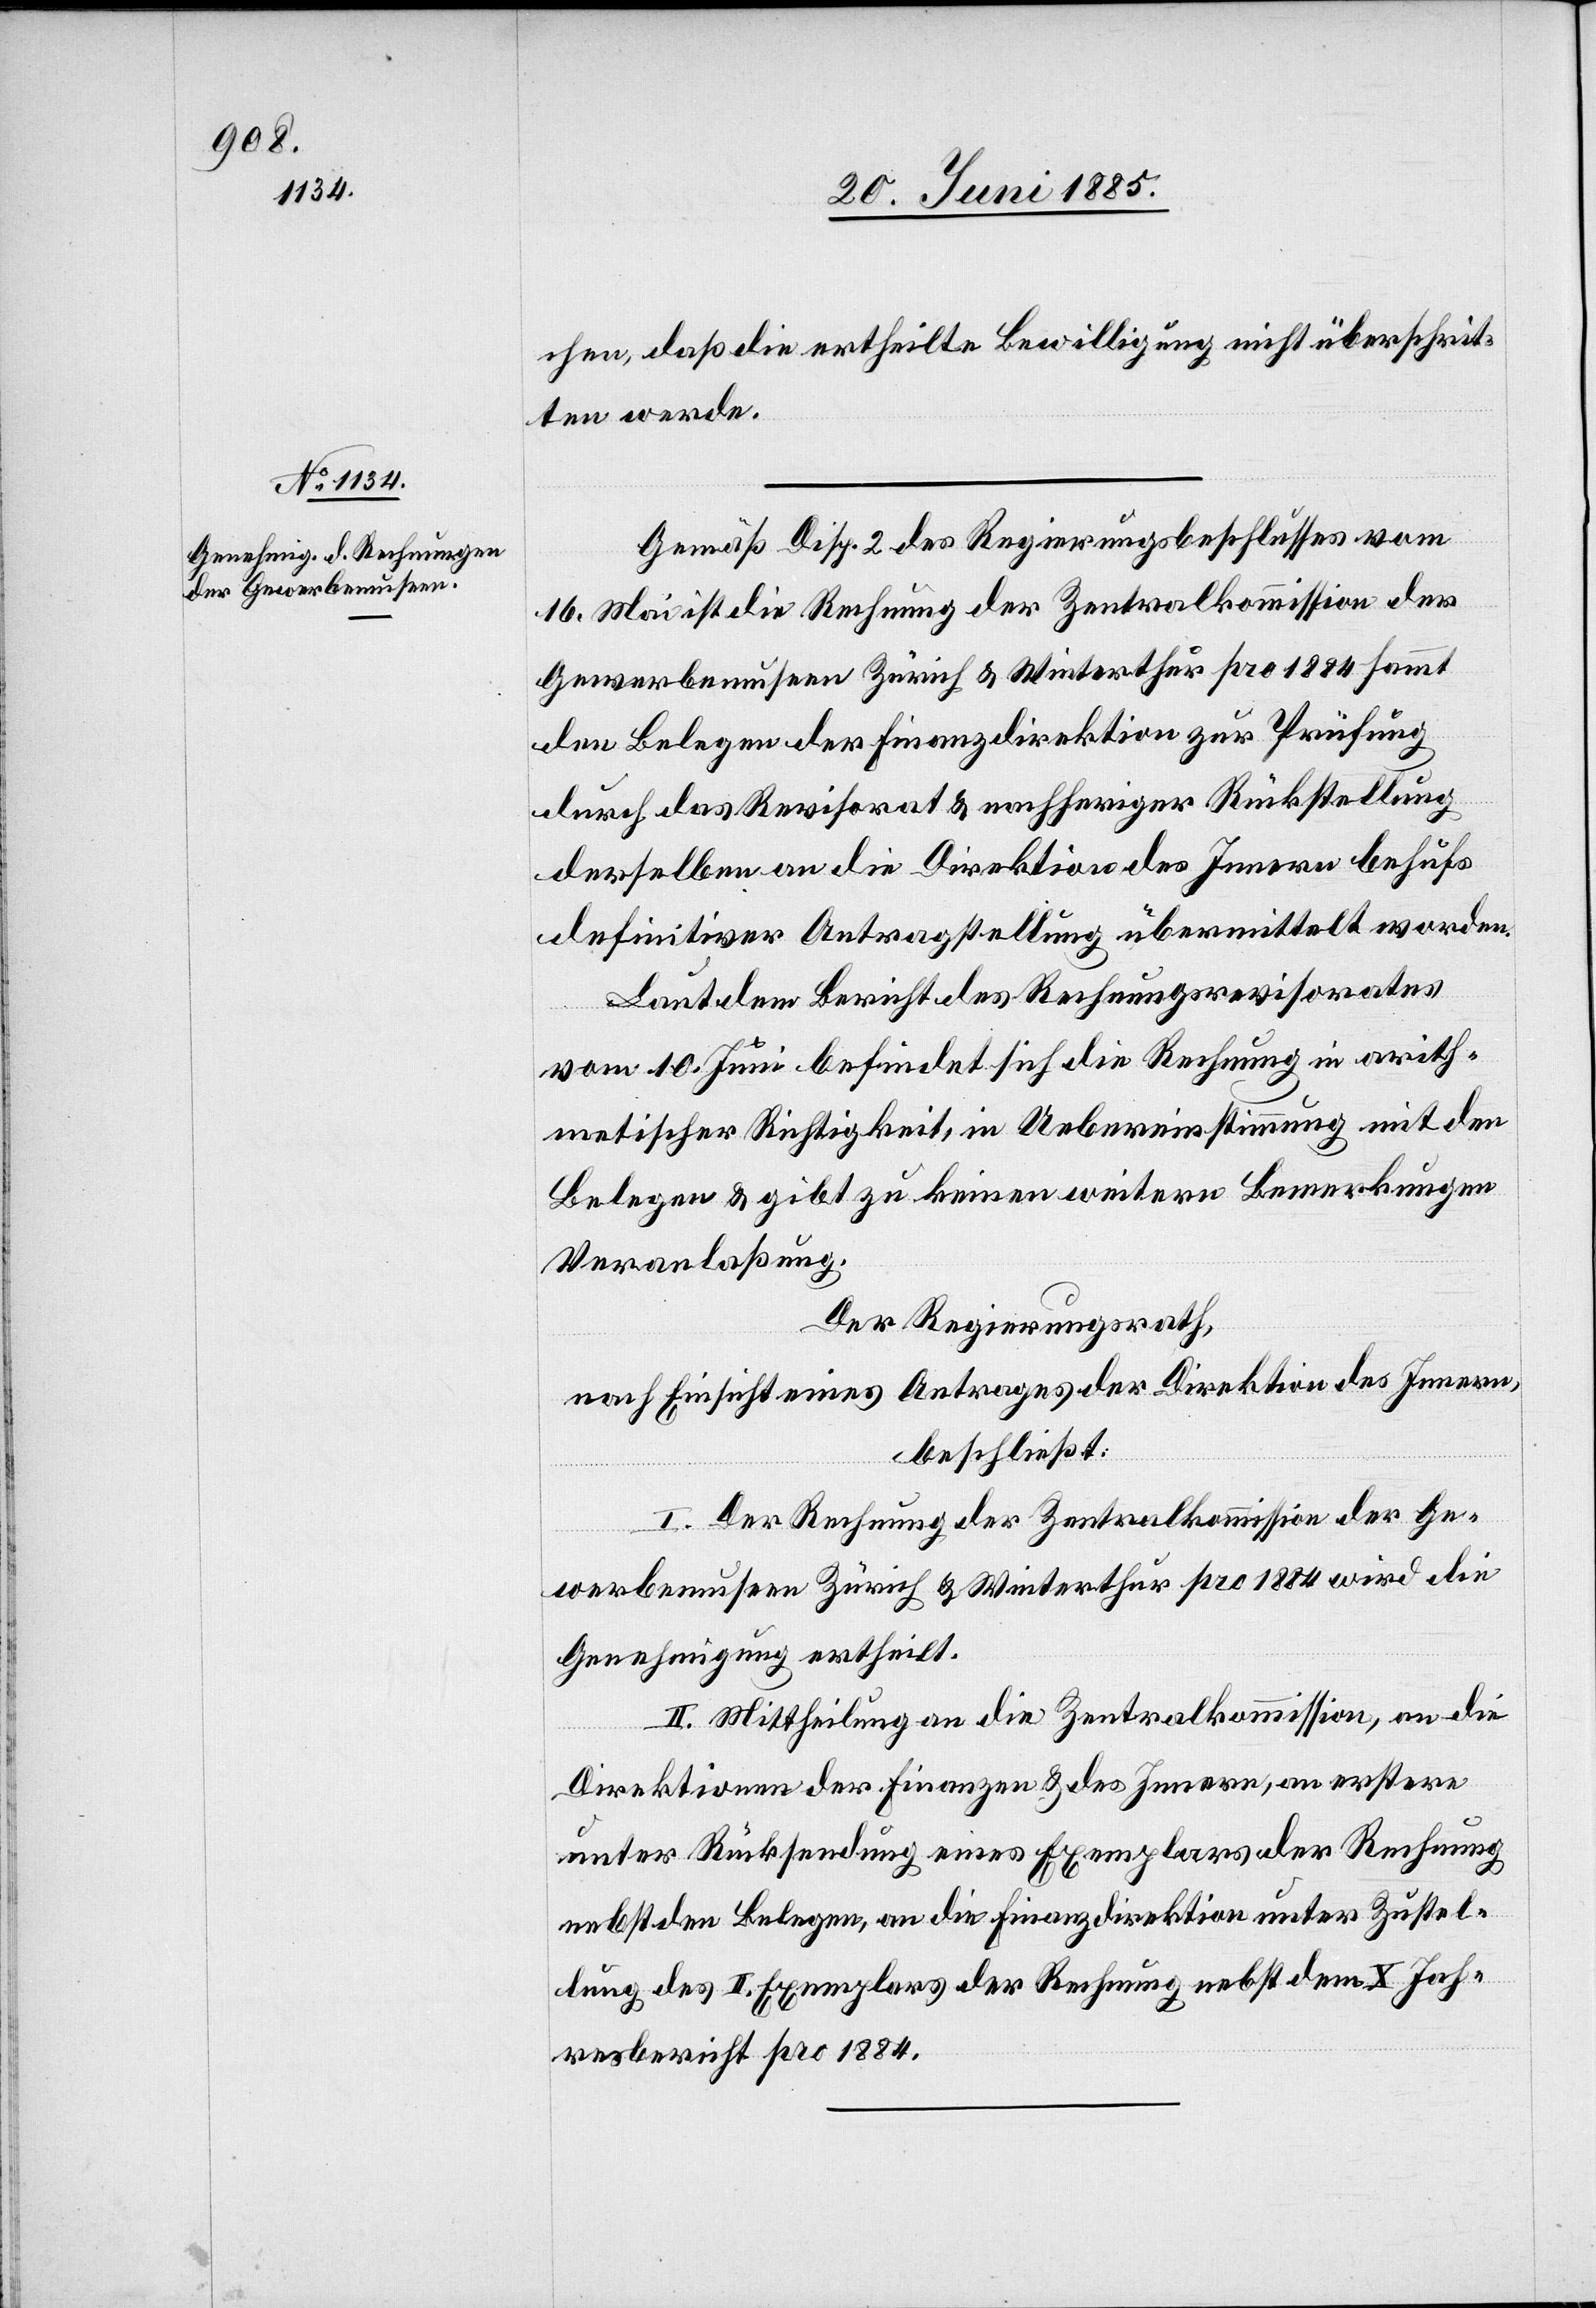
chen, daß die ertheilte Bewilligung nicht überschrit¬
ten werde.
Gemäß Disp. 2 des Regierungsbeschlusses vom
16. Mai ist die Rechnung der Zentralkommission der
Gewerbemuseen Zürich & Winterthur pro 1884 sammt
den Belegen der Finanzdirektion zur Prüfung
durch das Revisorat & nachheriger Rückstellung
derselben an die Direktion des Innern behufs
definitiver Antragstellung übermittelt worden.
Laut dem Bericht des Rechnungsrevisorates
vom 10. Juni befindet sich die Rechnung in arith¬
metischer Richtigkeit, in Uebereinstimmung mit den
Belegen & gibt zu keinen weitern Bemerkungen
Veranlaßung.
Der Regierungsrath,
nach Einsicht eines Antrages der Direktion des Innern,
beschließt:
I. Der Rechnung der Zentralkommission der Ge¬
werbemuseen Zürich & Winterthur pro 1884 wird die
Genehmigung ertheilt.
II. Mittheilung an die Zentralkommission, an die
Direktionen der Finanzen & des Innern, an erstere
unter Rücksendung eines Exemplares der Rechnung
nebst den Belegen, an die Finanzdirektion unter Zustel¬
lung des II. Exemplares der Rechnung nebst dem X. Jah¬
resbericht pro 1884.